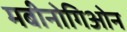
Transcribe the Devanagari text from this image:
मबीनोगिओन